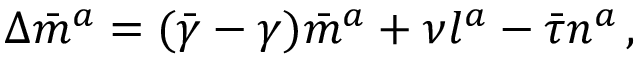
\Delta { \bar { m } } ^ { a } = ( { \bar { \gamma } } - \gamma ) { \bar { m } } ^ { a } + \nu l ^ { a } - { \bar { \tau } } n ^ { a } \, ,